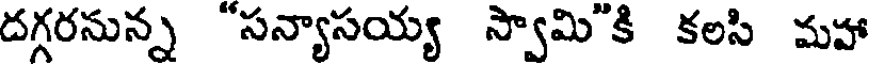
దగ్గరనున్న "సన్యాసయ్య స్వామి"కి కలసి మహా